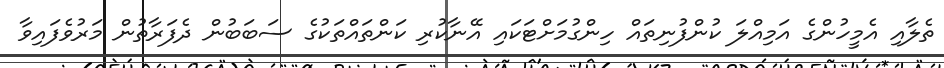
ތެލާއި އެމީހުންގެ އަމިއްލަ ކުންފުނިތައް ހިންގުމަށްޓަކައި އޭނާކުރި ކަންތައްތަކުގެ ސަބަބުން ދެފަރާތުން މަރުވެފައިވާ